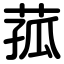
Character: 菰